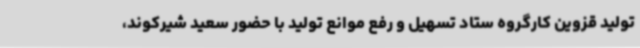
تولید قزوین کارگروه ستاد تسهیل و رفع موانع تولید با حضور سعید شیرکوند،